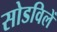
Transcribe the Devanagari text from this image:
सोडविलें